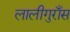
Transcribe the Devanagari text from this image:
लालीगुराँस